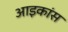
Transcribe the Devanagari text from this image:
आइकांस